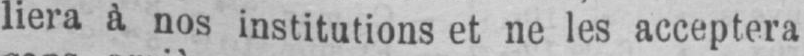
liera à nos institutions et ne les acceptera